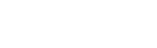
အဓိလေးပါးတွင်